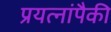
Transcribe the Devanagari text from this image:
प्रयत्नांपैकी